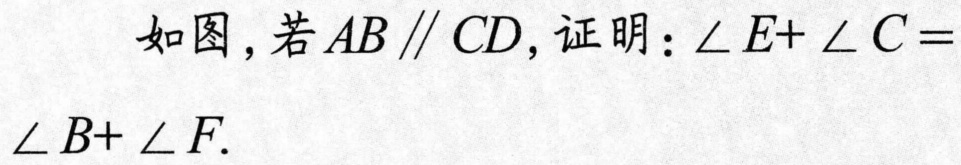
如图，若\(AB\parallel CD\)，证明：\(\angle E + \angle C=\angle B+\angle F\).